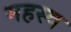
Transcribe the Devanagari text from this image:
महस्व